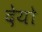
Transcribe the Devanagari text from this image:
देयो